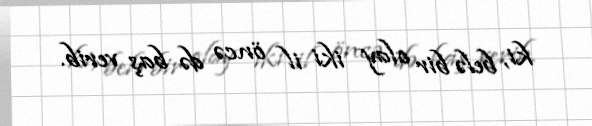
ki, belə bir olay iki il öncə də baş verib.